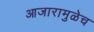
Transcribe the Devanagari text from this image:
आजारामुळेच